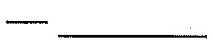
—___